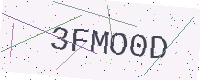
Text: 3FMO0D